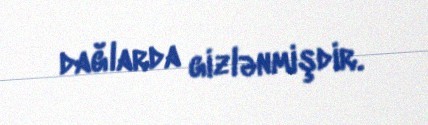
dağlarda gizlənmişdir.